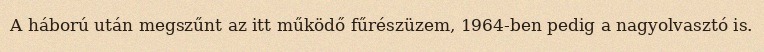
A háború után megszűnt az itt működő fűrészüzem, 1964-ben pedig a nagyolvasztó is.